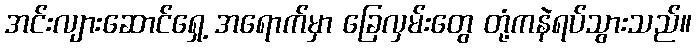
အင်းလျားဆောင်ရှေ့ အရောက်မှာ ခြေလှမ်းတွေ တုံ့ကနဲရပ်သွားသည်။